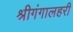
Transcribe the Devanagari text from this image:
श्रीगंगालहरी